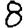
Digit: 8